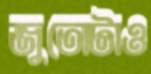
জুতোটাও